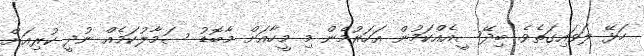
ހަޅޭ ލަވައިގަތެވެ. ބިދޭސީއެއްކަމުން އަހަރުމެން މި މީހާއަށް މާބޮޑު ސަމާލުކަމެއް ނުދީ ކުރިއަށް